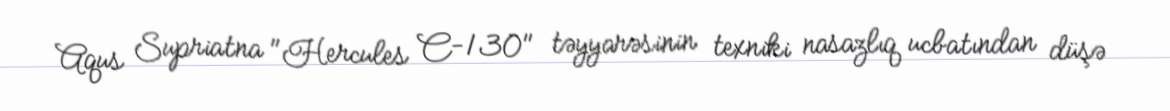
Aqus Supriatna "Hercules C-130" təyyarəsinin texniki nasazlıq ucbatından düşə